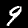
Label: 9